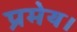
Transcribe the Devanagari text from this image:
प्रमेय।